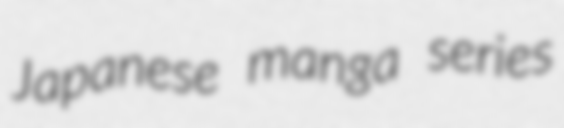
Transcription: Japanese manga series